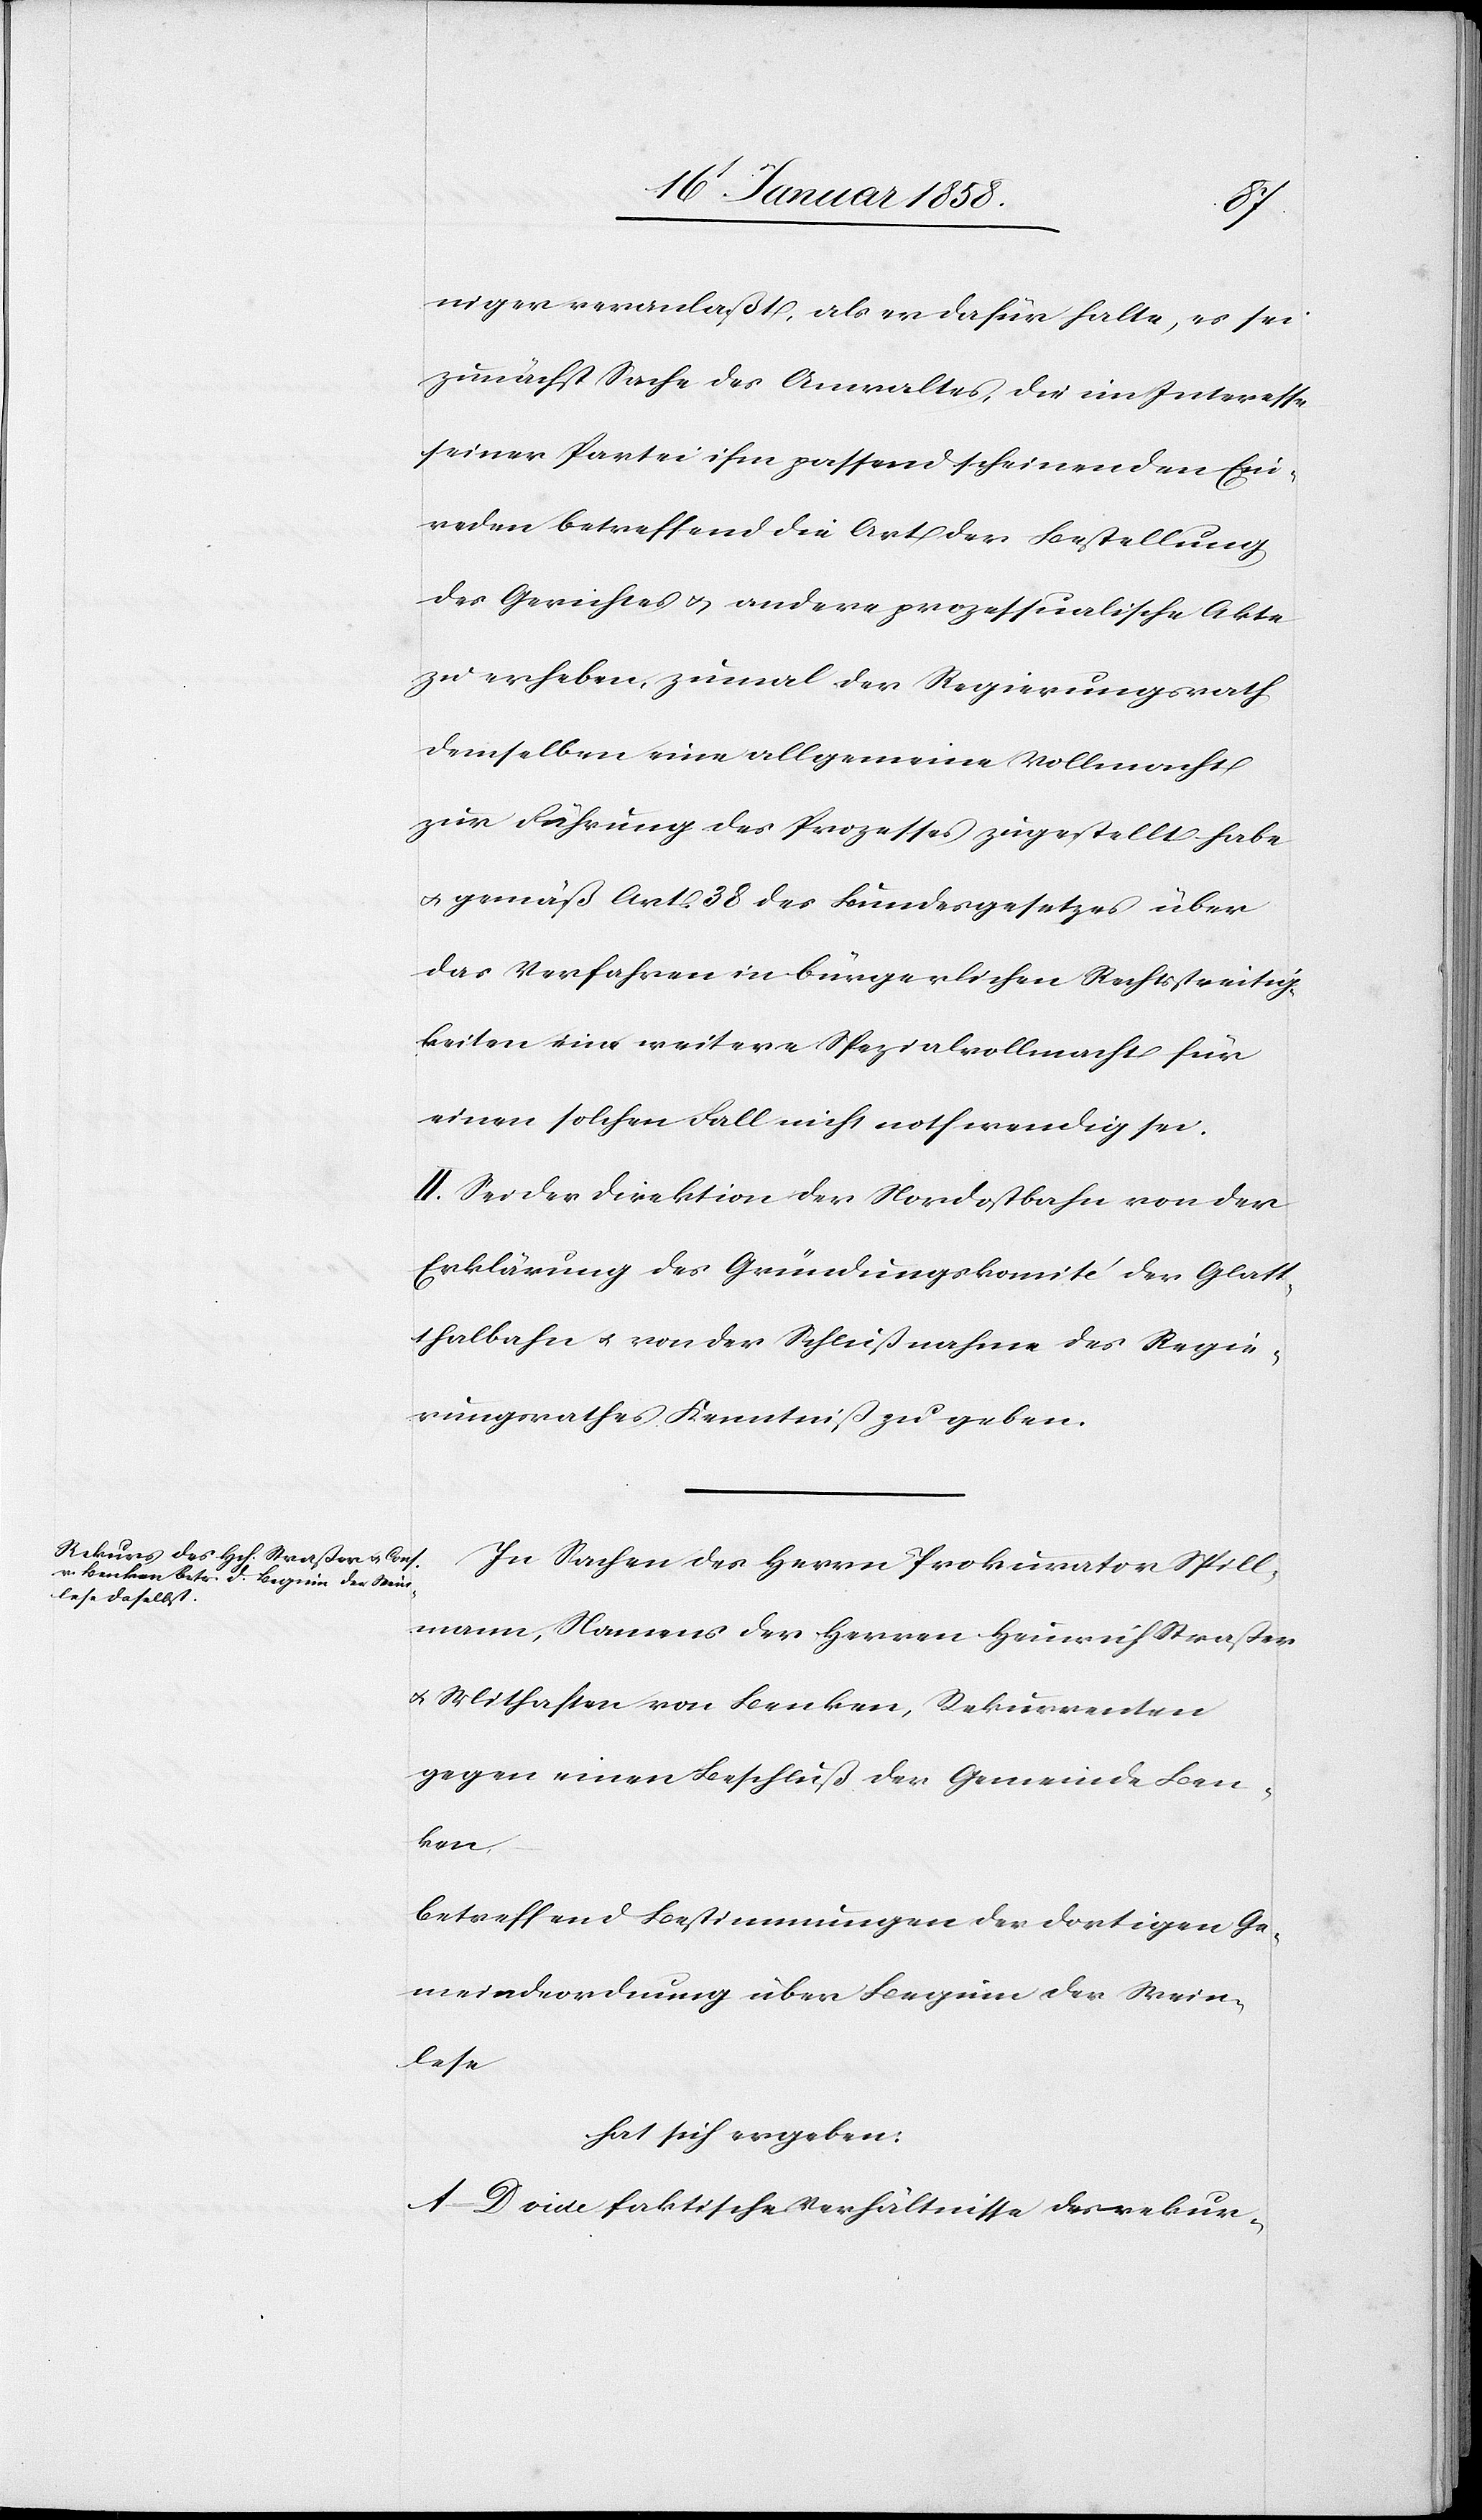
niger veranlaßt, als er dafür halte, es sei
zunächst Sache des Anwaltes, die im Interesse
seiner Partei ihm passend scheinenden Ein¬
reden betreffend die Art der Bestellung
des Gerichtes u. andere prozessualische Akte
zu erheben, zumal der Regierungsrath
demselben eine allgemeine Vollmacht
zur Führung des Prozesses zugestellt habe
u. gemäß Art. 38 des Bundesgesetzes über
das Verfahren in bürgerlichen Rechtsstreitig¬
keiten eine weitere Spezialvollmacht für
einen solchen Fall nicht nothwendig sei.
III.] Sei der Direktion der Nordostbahn von der
Erklärung des Gründungskomité der Glatt¬
thalbahn u. von der Schlußnahme des Regie¬
rungsrathes Kenntniß zu geben.
In Sachen des Herrn Prokurator Spill¬
mann, Namens der Herren Heinrich Straßer
u. Mithaften von Benken, Rekurrenten
gegen einen Beschluß der Gemeinde Ben¬
ken,
betreffend Bestimmungen der dortigen Ge¬
meindeordnung über Beginn der Wein¬
lese
hat sich ergeben:
A–D vide faktische Verhältnisse des rekur-